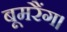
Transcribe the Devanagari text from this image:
बूमरैंग।